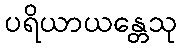
ပရိယာယန္တေသု